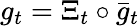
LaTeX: g_{t}=\Xi_{t}\circ\bar{g}_{t}